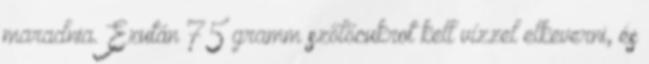
maradnia. Ezután 75 gramm szőlőcukrot kell vízzel elkeverni, és